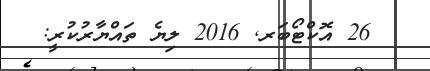
26 އޮކްޓޯބަރ